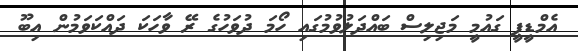
އެމްޑީޕީ ގައުމީ މަޖިލިސް ބައްދަލުވުމުގައި ހޯމަ ދުވަހުގެ ރޭ ވާހަކަ ދައްކަވަމުން އިބޫ